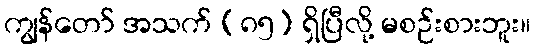
ကျွန်တော် အသက် (၈၅) ရှိပြီလို့ မစဉ်းစားဘူး။